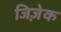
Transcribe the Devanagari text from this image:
जिज़ेक